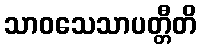
သာဝသေသာပတ္တီတိ